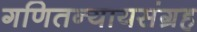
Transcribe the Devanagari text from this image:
गणितन्यायसंग्रह